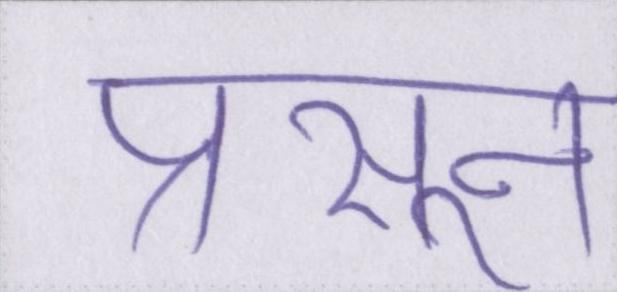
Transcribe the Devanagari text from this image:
प्रसून